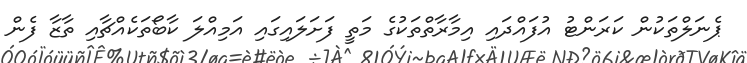
ޕެނަލްތަކުން ކަރަންޓު އުފައްދައި އިމާރާތްތަކުގެ މަތީ ފަށަލައިގައި އަމިއްލަ ކާބޯތަކެއްޗާއި ތާޒާ ފެން